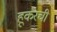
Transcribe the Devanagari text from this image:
हूकरची